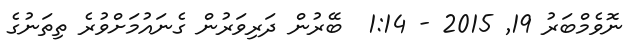
ނޮވެމްބަރު 19